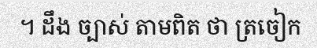
។ ដឹង ច្បាស់ តាមពិត ថា ត្រចៀក